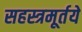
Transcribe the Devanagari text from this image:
सहस्त्रमूर्तये